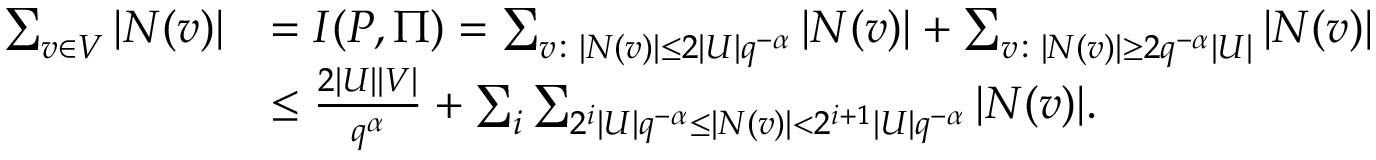
\begin{array} { r l } { \sum _ { v \in V } | N ( v ) | } & { = I ( P , \Pi ) = \sum _ { v \colon | N ( v ) | \le 2 | U | q ^ { - \alpha } } | N ( v ) | + \sum _ { v \colon | N ( v ) | \ge 2 q ^ { - \alpha } | U | } | N ( v ) | } \\ & { \le \frac { 2 | U | | V | } { q ^ { \alpha } } + \sum _ { i } \sum _ { 2 ^ { i } | U | q ^ { - \alpha } \le | N ( v ) | < 2 ^ { i + 1 } | U | q ^ { - \alpha } } | N ( v ) | . } \end{array}